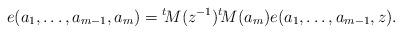
LaTeX: \begin{align*}e(a_1,\dots, a_{m-1}, a_m)={^t\!M(}z^{-1}) {^t\!M}(a_m)e(a_1,\dots, a_{m-1},z).\end{align*}